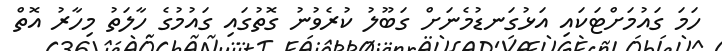
ހަމަ ގައުމަށްޓަކައި އަޅުގަނޑުމެނަށް ގަބޫލު ކުރެވުނު ގޮތުގައި ގައުމުގެ ހާލަތު މިހާރު އޮތް